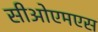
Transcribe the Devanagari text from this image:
सीओएमएस